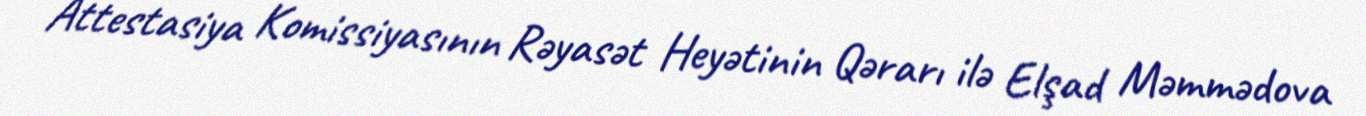
Attestasiya Komissiyasının Rəyasət Heyətinin Qərarı ilə Elşad Məmmədova